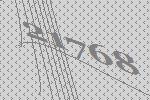
21768